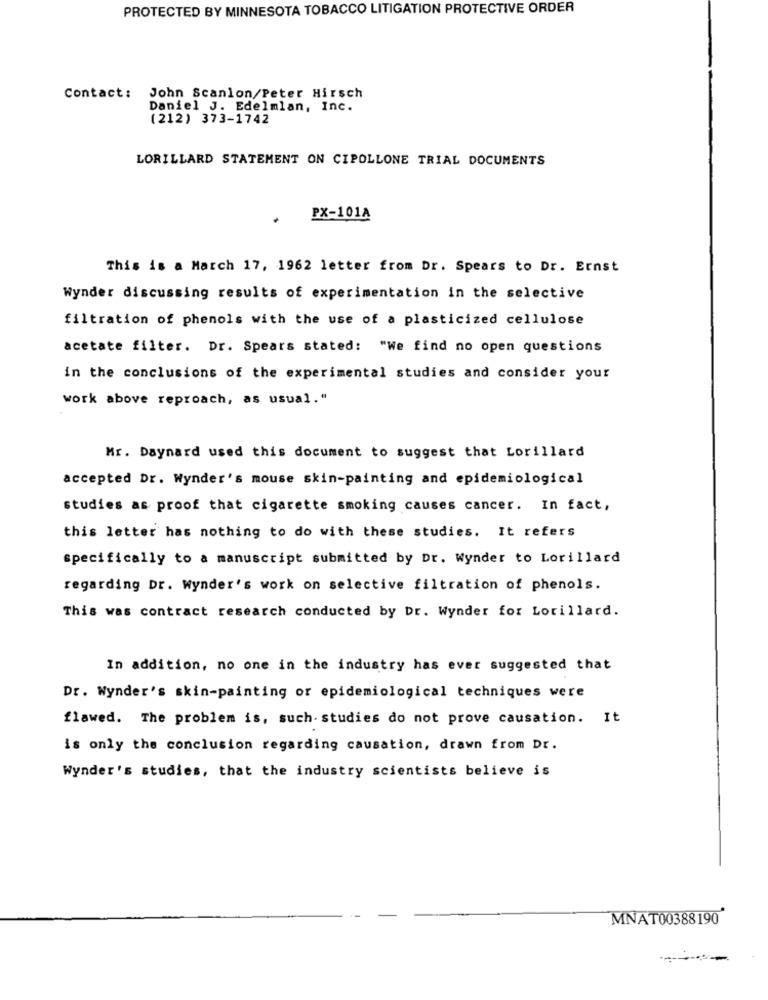
PROTECTED BY MINNESOTA TOBACCO LITIGATION PROTECTIVE ORDER
Contact:
John Scanlon/Peter Hirsch
Daniel J. Edelmian, Inc.
(212) 373-1742
LORILLARD STATEMENT ON CIPOLLONE TRIAL DOCUMENTS
PX-101A
This is a March 17, 1962 letter from Dr. Spears to Dr. Ernst
Wynder discussing results of experimentation in the selective
filtration of phenols with the use of a plasticized cellulose
acetate filter. Dr. Spears stated: "We find no open questions
in the conclusions of the experimental studies and consider your
work above reproach, as usual."
Mr. Daynard used this document to suggest that Lorillard
accepted Dr. Wynder's mouse skin-painting and epidemiological
studies as proof that cigarette smoking causes cancer. In fact,
this letter has nothing to do with these studies. It refers
specifically to a manuscript submitted by Dr. Wynder to Lorillard
regarding Dr. Wynder's work on selective filtration of phenols.
This was contract research conducted by Dr. Wynder for Lorillard.
In addition, no one in the industry has ever suggested that
Dr. Wynder's skin-painting or epidemiological techniques were
flawed. The problem is, such- studies do not prove causation. It
is only the conclusion regarding causation, drawn from Dr.
Wynder's studies, that the industry scientists believe is
MNAT00388190
--------